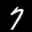
Label: 7